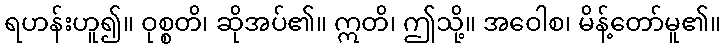
ရဟန်းဟူ၍။ ဝုစ္စတိ၊ ဆိုအပ်၏။ ဣတိ၊ ဤသို့။ အဝေါစ၊ မိန့်တော်မူ၏။